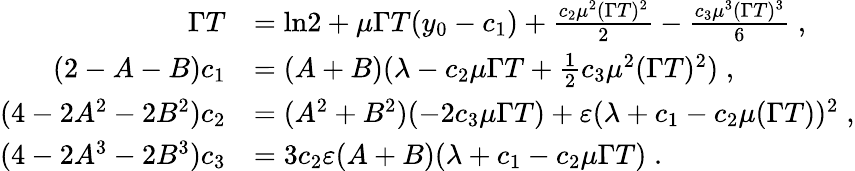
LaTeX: \begin{array}{rl}{\Gamma T}&{=\ln\! 2+\mu\Gamma T(y_{0}-c_{1})+\frac{c_{2}\mu^{2}(\Gamma T)^{2}}{2}-\frac{c_{3}\mu^{3}(\Gamma T)^{3}}{6}\; ,}\\ {(2-A-B)c_{1}}&{=(A+B)(\lambda-c_{2}\mu\Gamma T+\frac{1}{2}c_{3}\mu^{2}(\Gamma T)^{2})\; ,}\\ {(4-2A^{2}-2B^{2})c_{2}}&{=(A^{2}+B^{2})(-2c_{3}\mu\Gamma T)+\varepsilon(\lambda+c_{1}-c_{2}\mu(\Gamma T))^{2}\; ,}\\ {(4-2A^{3}-2B^{3})c_{3}}&{=3c_{2}\varepsilon(A+B)(\lambda+c_{1}-c_{2}\mu\Gamma T)\; .}\end{array}